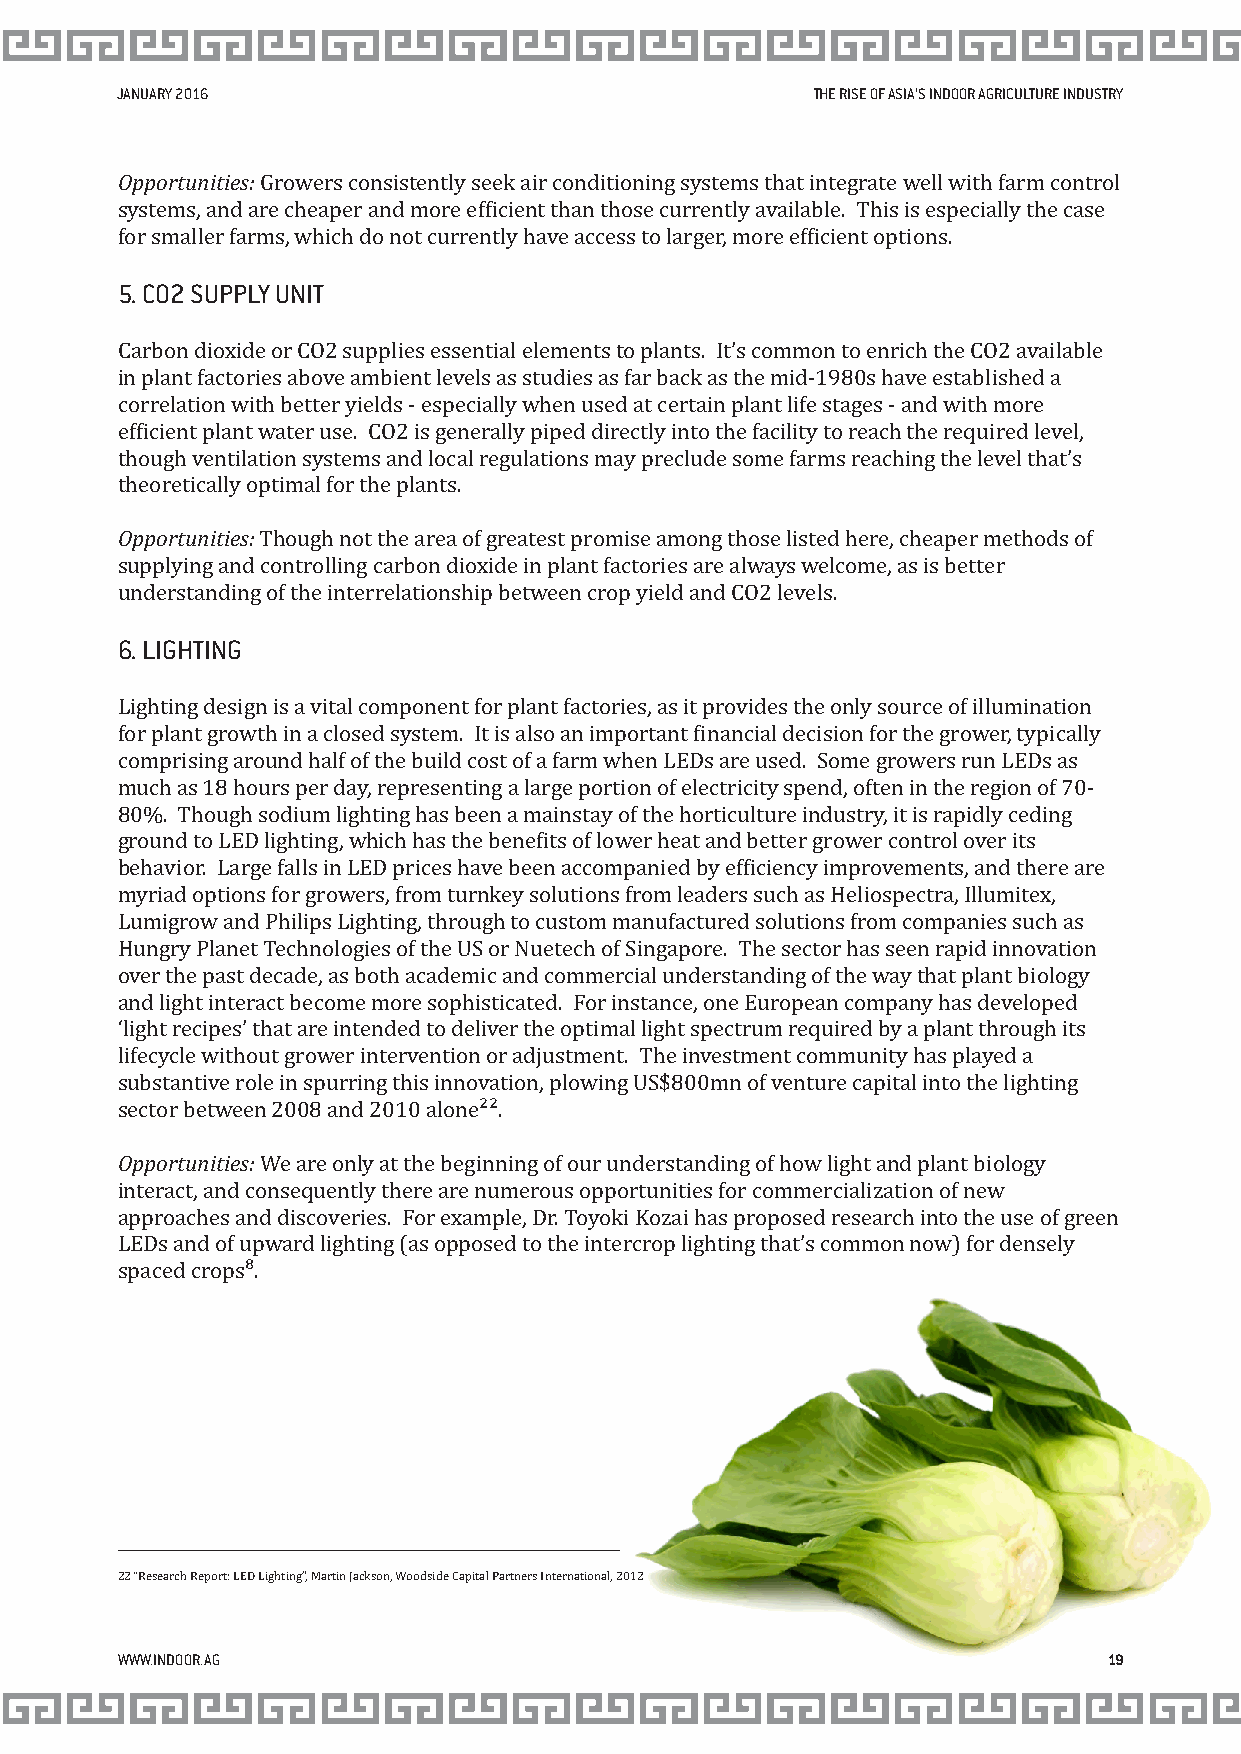
JANUARY 2016                                  THE RISE OF ASIA’S INDOOR AGRICULTURE INDUSTRY
 Opportunities: Growers consistently seek air conditioning systems that integrate well with farm control
 systems, and are cheaper and more eficient than those currently available. This is especially the case
 for smaller farms, which do not currently have access to larger, more eficient options.
 5. CO2 SUPPLY UNIT
 Carbon dioxide or CO2 supplies essential elements to plants. It’s common to enrich the CO2 available
 in plant factories above ambient levels as studies as far back as the mid-1980s have established a
 correlation with better yields - especially when used at certain plant life stages - and with more
 eficient plant water use. CO2 is generally piped directly into the facility to reach the required level,
 though ventilation systems and local regulations may preclude some farms reaching the level that’s
 theoretically optimal for the plants.
 Opportunities: Though not the area of greatest promise among those listed here, cheaper methods of
 supplying and controlling carbon dioxide in plant factories are always welcome, as is better
 understanding of the interrelationship between crop yield and CO2 levels.
 6. LIGHTING
 Lighting design is a vital component for plant factories, as it provides the only source of illumination
 for plant growth in a closed system. It is also an important inancial decision for the grower, typically
 comprising around half of the build cost of a farm when LEDs are used. Some growers run LEDs as
 much as 18 hours per day, representing a large portion of electricity spend, often in the region of 70-
 80%. Though sodium lighting has been a mainstay of the horticulture industry, it is rapidly ceding
 ground to LED lighting, which has the beneits of lower heat and better grower control over its
 behavior. Large falls in LED prices have been accompanied by eficiency improvements, and there are
 myriad options for growers, from turnkey solutions from leaders such as Heliospectra, Illumitex,
 Lumigrow and Philips Lighting, through to custom manufactured solutions from companies such as
 Hungry Planet Technologies of the US or Nuetech of Singapore. The sector has seen rapid innovation
 over the past decade, as both academic and commercial understanding of the way that plant biology
 and light interact become more sophisticated. For instance, one European company has developed
 ‘light recipes’ that are intended to deliver the optimal light spectrum required by a plant through its
 lifecycle without grower intervention or adjustment. The investment community has played a
 substantive role in spurring this innovation, plowing US$800mn of venture capital into the lighting
 sector between 2008 and 2010 alone²².
 Opportunities: We are only at the beginning of our understanding of how light and plant biology
 interact, and consequently there are numerous opportunities for commercialization of new
 approaches and discoveries. For example, Dr. Toyoki Kozai has proposed research into the use of green
 LEDs and of upward lighting (as opposed to the intercrop lighting that’s common now) for densely
 spaced crops⁸.
 22 “Research Report: LED Lighting”, Martin Jackson, Woodside Capital Partners International, 2012
 WWW.INDOOR.AG                                                    19